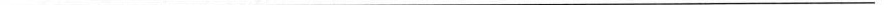
___